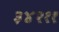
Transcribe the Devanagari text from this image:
३४२११